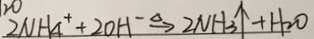
2 N H _ { 4 } ^ { + } + 2 O H ^ { - } \xrightarrow { \Delta } 2 N H _ { 3 } \uparrow + H _ { 2 } O